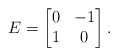
\begin{align*} E = \begin{bmatrix} 0 & -1 \\ 1 & 0 \end{bmatrix}.\end{align*}